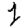
Digit: 1